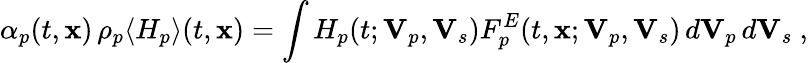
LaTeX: \alpha_{p}(t,\mathbf{x})\, \rho_{p}\langle H_{p}\rangle(t,\mathbf{x})=\int H_{p}(t;\mathbf{V}_{p},\mathbf{V}_{s})F_{p}^{E}(t,\mathbf{x};\mathbf{V}_{p},\mathbf{V}_{s})\, d\mathbf{V}_{p}\, d\mathbf{V}_{s}~,